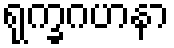
ရုက္ခဂဟနာ